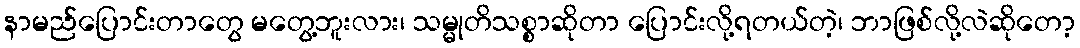
နာမည်ပြောင်းတာတွေ မတွေ့ဘူးလား၊ သမ္မုတိသစ္စာဆိုတာ ပြောင်းလို့ရတယ်တဲ့၊ ဘာဖြစ်လို့လဲဆိုတော့